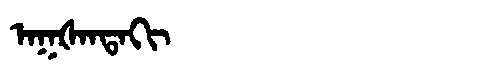
Manchu: ᠠᡴᡧᠠᠨᡨᠠᡴᡳ
Romanization: AKŠANTAKI